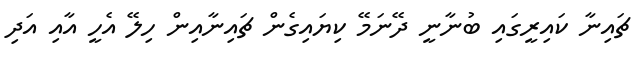
ޗައިނާ ކައިރީގައި ބުނާނީ ދޭނަމޭ ކިޔައިގެން ޗައިނާއިން ހިލޭ އެހީ އާއި އަދި